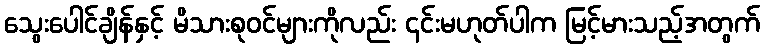
သွေးပေါင်ချိန်နှင့် မိသားစုဝင်များကိုလည်း ၎င်းမဟုတ်ပါက မြင့်မားသည့်အတွက်